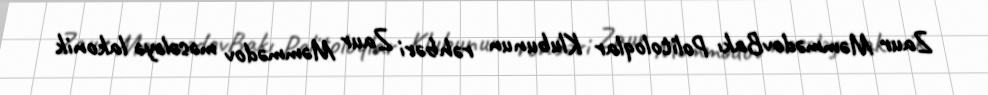
Zaur MəmmədovBakı Politoloqlar Klubunun rəhbəri Zaur Məmmədov məsələyə lakonik